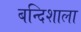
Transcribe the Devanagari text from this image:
बन्दिशाला